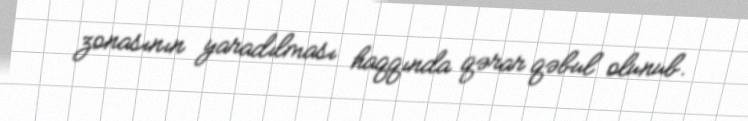
zonasının yaradılması haqqında qərar qəbul olunub.